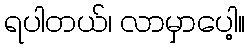
ရပါတယ်၊ လာမှာပေါ့။